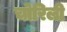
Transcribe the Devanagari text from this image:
चोरिली